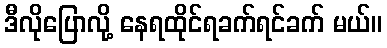
ဒီလိုပြောလို့ နေရထိုင်ရခက်ရင်ခက် မယ်။